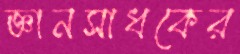
জ্ঞানসাধকের